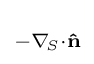
\scriptstyle -\nabla _{\!S}\cdot \mathbf {\hat {n}}